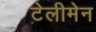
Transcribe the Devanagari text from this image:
टेलीमेन